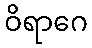
ဝိရာဂေ